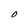
Character: 0